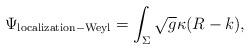
LaTeX: \begin{align*}\Psi_{{\rm localization - Weyl}} = \int_{\Sigma} \sqrt{g} \kappa ( R - k),\end{align*}